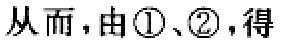
从而，由\textcircled{1}、\textcircled{2}，得